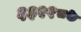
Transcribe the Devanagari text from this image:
६३२१८७